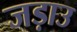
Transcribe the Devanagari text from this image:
जड़ाउ